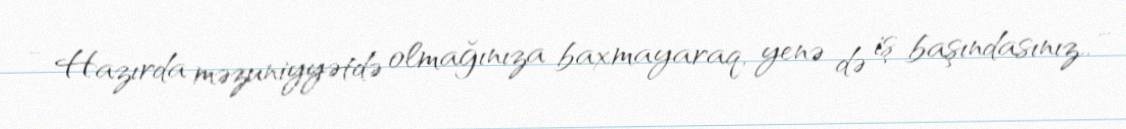
- Hazırda məzuniyyətdə olmağınıza baxmayaraq, yenə də iş başındasınız.. -